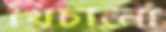
খিচানো